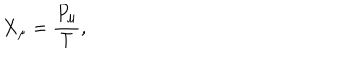
\dot { X } _ { \mu } = \frac { P _ { \mu } } T ,